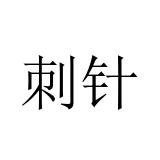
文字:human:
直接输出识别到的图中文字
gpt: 刺针